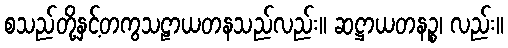
စသည်တို့နှင့်တကွသဠာယတနသည်လည်း။ ဆဋ္ဌာယတနဉ္စ၊ လည်း။